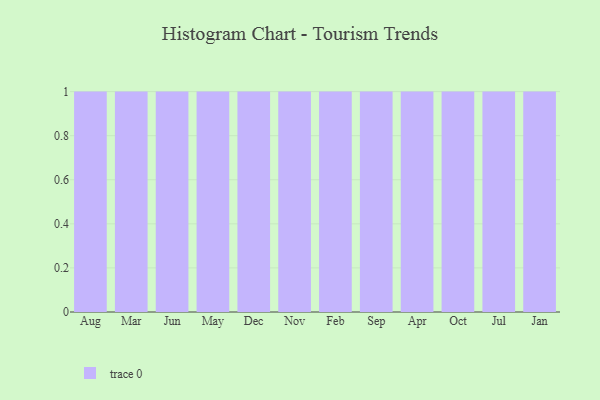
{"axis": {"x": "Month", "y": "Churn Rate (%)"}, "legend": [""], "data": [{"x": "Aug", "y": 92, "type": ""}, {"x": "Mar", "y": 59, "type": ""}, {"x": "Jun", "y": 35, "type": ""}, {"x": "May", "y": 77, "type": ""}, {"x": "Dec", "y": 22, "type": ""}, {"x": "Nov", "y": 34, "type": ""}, {"x": "Feb", "y": 8, "type": ""}, {"x": "Sep", "y": 26, "type": ""}, {"x": "Apr", "y": 58, "type": ""}, {"x": "Oct", "y": 63, "type": ""}, {"x": "Jul", "y": 96, "type": ""}, {"x": "Jan", "y": 26, "type": ""}]}